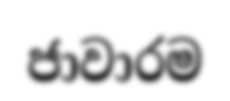
ජාවාරම